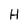
Character: H